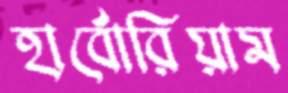
হার্বোরিয়াম